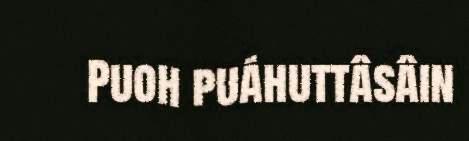
Puoh puáhuttâsâin